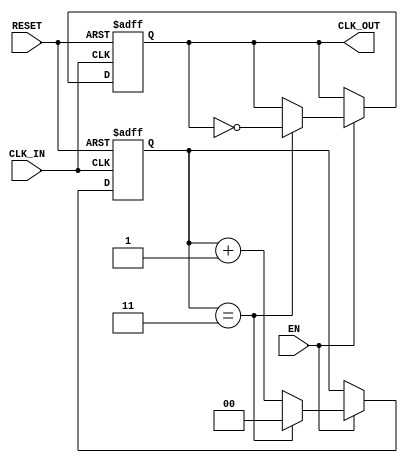
module ClockDividerBuffer #(
    parameter N = 4  // Division factor, must be a positive integer
) (
    input wire CLK_IN,   // Input clock signal
    input wire RESET,    // Reset signal
    input wire EN,       // Enable signal
    output reg CLK_OUT   // Output divided clock signal
);

    // Internal counter
    reg [$clog2(N)-1:0] counter; // Counter size based on division factor

    // Clock divider logic
    always @(posedge CLK_IN or posedge RESET) begin
        if (RESET) begin
            counter <= 0;       // Reset counter
            CLK_OUT <= 0;      // Reset output clock
        end else if (EN) begin
            if (counter == (N - 1)) begin
                counter <= 0;   // Reset counter when it reaches N-1
                CLK_OUT <= ~CLK_OUT; // Toggle the output clock
            end else begin
                counter <= counter + 1; // Increment counter
            end
        end
    end

endmodule